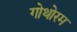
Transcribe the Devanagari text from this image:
गोथोरम